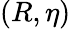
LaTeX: (R,\eta)